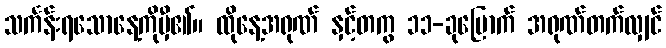
သင်္ကန်းရသောနေ့ကိုမှီ၏။ ထိုနေ့အရုဏ် နှင့်တကွ ၁၁-ခုမြောက် အရုဏ်တက်လျှင်